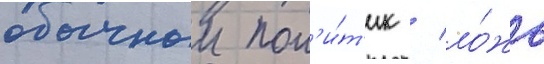
обычныи пол'и́т'ик / ло́жь